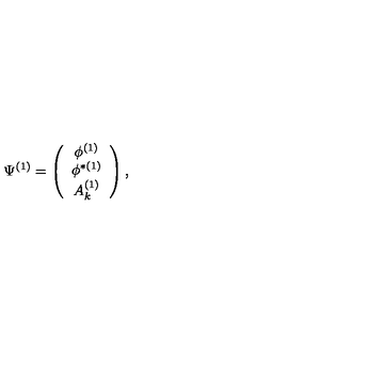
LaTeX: \Psi ^ { ( 1 ) } = \left( \begin{array} { c } { \phi ^ { ( 1 ) } } \\ { \phi ^ { \ast ( 1 ) } } \\ { A _ { k } ^ { ( 1 ) } } \\ \end{array} \right) ,